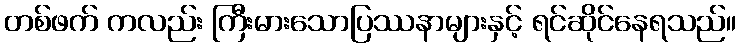
တစ်ဖက် ကလည်း ကြီးမားသောပြဿနာများနှင့် ရင်ဆိုင်နေရသည်။